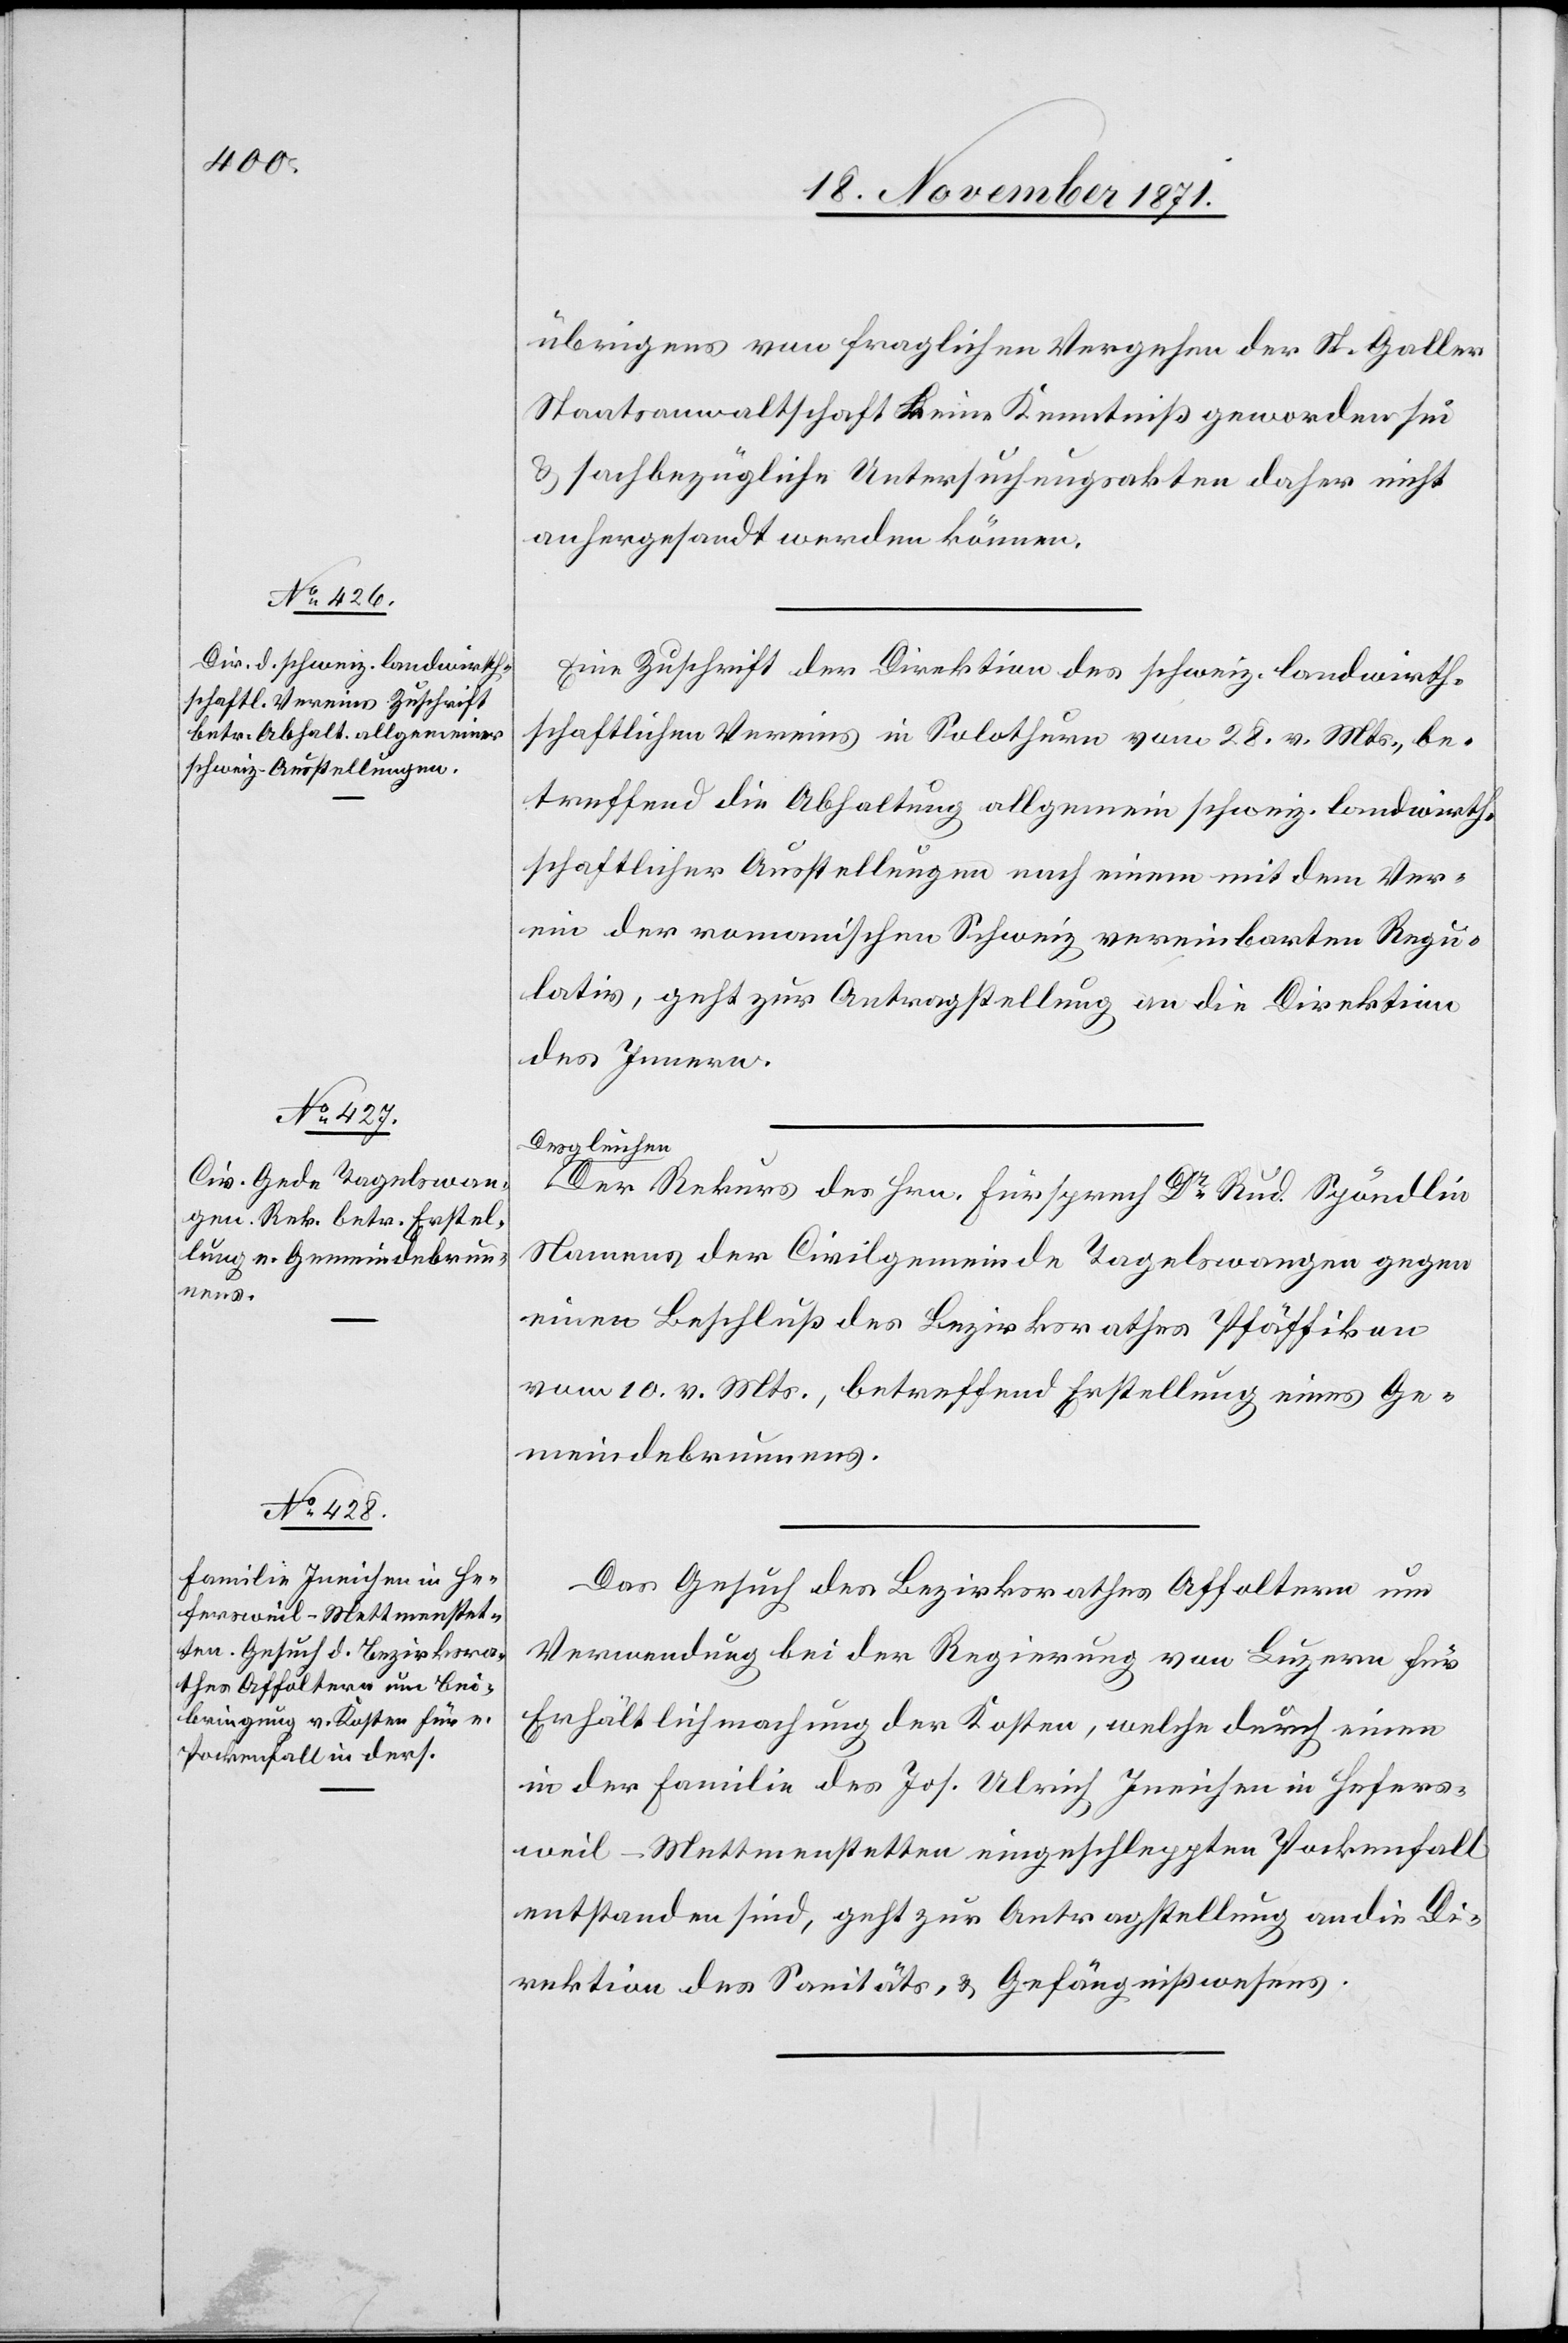
20. November 1871.]
übrigens von fraglichen Vergehen der St. Galler
Staatsanwaltschaft keine Kenntniß geworden sei
& sachbezügliche Untersuchungsakten daher nicht
anhergesandt werden können.
Eine Zuschrift der Direktion des schweiz. landwirth¬
schaftlichen Vereins in Solothurn vom 28. v. Mts., be¬
treffend die Abhaltung allgemein schweiz. landwirth¬
schaftlicher Ausstellungen nach einem mit dem Ver¬
ein der romanischen Schweiz vereinbarten Regu¬
lativ, geht zur Antragstellung an die Direktion
des Innern.
Desgleichen
der Rekurs des Hrn. Fürsprech Dr. Rud. Spöndlin
Namens der Civilgemeinde Tagelswangen gegen
einen Beschluß des Bezirksrathes Pfäffikon
vom 10. v. Mts., betreffend Erstellung eines Ge¬
meindebrunnens.
Das Gesuch des Bezirksrathes Affoltern um
Verwendung bei der Regierung von Luzern für
Erhältlichmachung der Kosten, welche durch einen
in der Familie des Jos. Ulrich Ineichen in Hefers¬
weil - Mettmenstetten eingeschleppten Pockenfall
entstanden sind, geht zur Antragstellung an die Di¬
rektion des Sanitäts- & Gefängnißwesens.